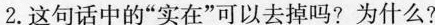
2.这句话中的”实在”可以去掉吗?为什么?